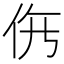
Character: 𱎩